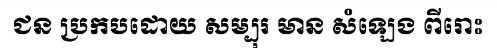
ជន ប្រកបដោយ សម្បុរ មាន សំឡេង ពីរោះ